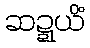
ဆဍ္ဍယိံ